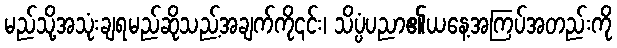
မည်သို့အသုံးချရမည်ဆိုသည့်အချက်ကို၎င်း၊ သိပ္ပံပညာ၏ယနေ့အကြပ်အတည်းကို